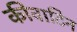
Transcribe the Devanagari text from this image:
कीवाटिन